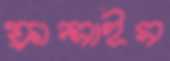
ফ্রান্সাইস